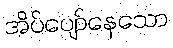
အိပ်ပျော်နေသော